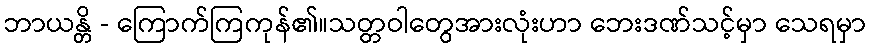
ဘာယန္တိ - ကြောက်ကြကုန်၏။သတ္တဝါတွေအားလုံးဟာ ဘေးဒဏ်သင့်မှာ သေရမှာ